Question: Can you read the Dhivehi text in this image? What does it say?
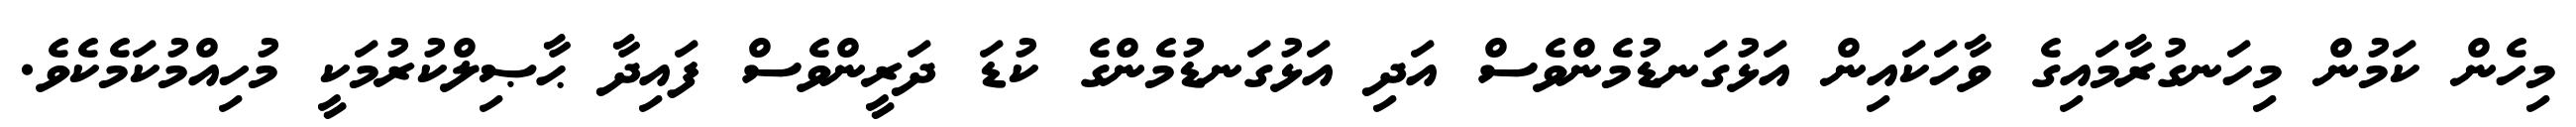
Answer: މިހެން ކަމުން މިހަނގުރާމައިގެ ވާހަކައިން އަޅުގަނޑުމެންވެސް އަދި އަޅުގަނޑުމެންގެ ކުޑަ ދަރީންވެސް ފައިދާ ޙާޞިލްކުރުމަކީ މުހިއްމުކަމެކެވެ.